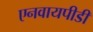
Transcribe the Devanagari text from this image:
एनवायपीडी